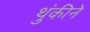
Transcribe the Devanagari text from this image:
थुंकीने